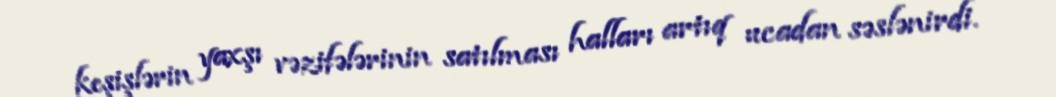
keşişlərin yaxşı vəzifələrinin satılması halları artıq ucadan səslənirdi.